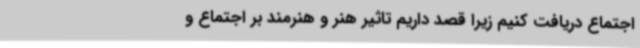
اجتماع دریافت کنیم زیرا قصد داریم تاثیر هنر و هنرمند بر اجتماع و